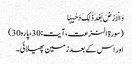
وَ الْاَرْضَ بَعْدَ ذٰلِکَ دَحٰیہَا
(سورۃ النزعت،آیت:30،پارہ30)
اور اس کے بعدزمین پھیلائی۔